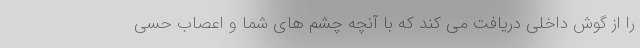
را از گوش داخلی دریافت می کند که با آنچه چشم های شما و اعصاب حسی